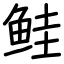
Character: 鲑